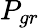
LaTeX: P_{gr}